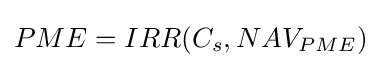
PME=IRR(C_{s},NAV_{PME})